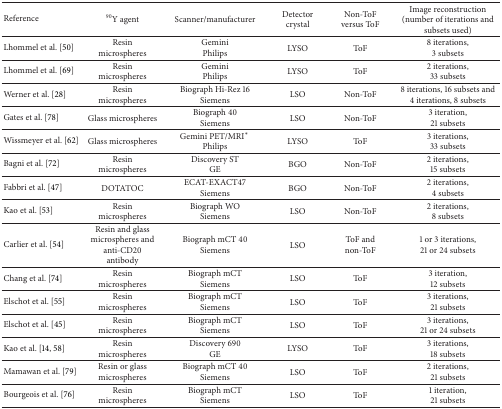
<table><thead><tr><td><b>Reference</b></td><td><b><sup>90</sup>Y agent</b></td><td><b>Scanner/manufacturer</b></td><td><b>Detectorcrystal</b></td><td><b>Non-ToF versus ToF</b></td><td><b>Image reconstruction(number of iterations and subsets used)</b></td></tr></thead><tbody><tr><td>Lhommel et al. [50]</td><td>Resinmicrospheres</td><td>GeminiPhilips</td><td>LYSO</td><td>ToF</td><td>8 iterations,3 subsets</td></tr><tr><td>Lhommel et al. [69]</td><td>Resinmicrospheres</td><td>GeminiPhilips</td><td>LYSO</td><td>ToF</td><td>2 iterations,33 subsets</td></tr><tr><td>Werner et al. [28]</td><td>Resinmicrospheres</td><td>Biograph Hi-Rez 16Siemens</td><td>LSO</td><td>Non-ToF</td><td>8 iterations, 16 subsets and 4 iterations, 8 subsets</td></tr><tr><td>Gates et al. [78]</td><td>Glass microspheres</td><td>Biograph 40Siemens</td><td>LSO</td><td>Non-ToF</td><td>3 iteration,21 subsets</td></tr><tr><td>Wissmeyer et al. [62]</td><td>Glass microspheres</td><td>Gemini PET/MRI<sup><i>∗</i></sup> Philips</td><td>LYSO</td><td>ToF</td><td>3 iterations,33 subsets</td></tr><tr><td>Bagni et al. [72]</td><td>Resin microspheres</td><td>Discovery STGE</td><td>BGO</td><td>Non-ToF</td><td>2 iterations,15 subsets</td></tr><tr><td>Fabbri et al. [47]</td><td>DOTATOC</td><td>ECAT-EXACT47Siemens</td><td>BGO</td><td>Non-ToF</td><td>2 iterations,4 subsets</td></tr><tr><td>Kao et al. [53]</td><td>Resin microspheres</td><td>Biograph WOSiemens</td><td>LSO</td><td>Non-ToF</td><td>2 iterations,8 subsets</td></tr><tr><td>Carlier et al. [54]</td><td>Resin and glass microspheres and anti-CD20 antibody</td><td>Biograph mCT 40Siemens</td><td>LSO</td><td>ToF and non-ToF</td><td>1 or 3 iterations,21 or 24 subsets</td></tr><tr><td>Chang et al. [74]</td><td>Resin microspheres</td><td>Biograph mCTSiemens</td><td>LSO</td><td>ToF</td><td>3 iteration,12 subsets</td></tr><tr><td>Elschot et al. [55]</td><td>Resin microspheres</td><td>Biograph mCTSiemens</td><td>LSO</td><td>ToF</td><td>3 iterations,21 subsets</td></tr><tr><td>Elschot et al. [45]</td><td>Resin microspheres</td><td>Biograph mCTSiemens</td><td>LSO</td><td>ToF</td><td>3 iterations,21 or 24 subsets</td></tr><tr><td>Kao et al. [14, 58]</td><td>Resin microspheres</td><td>Discovery 690GE</td><td>LYSO</td><td>ToF</td><td>3 iterations,18 subsets</td></tr><tr><td>Mamawan et al. [79]</td><td>Resin or glass microspheres</td><td>Biograph mCT 40Siemens</td><td>LSO</td><td>ToF</td><td>2 iterations,21 subsets</td></tr><tr><td>Bourgeois et al. [76]</td><td>Resin microspheres</td><td>Biograph mCTSiemens</td><td>LSO</td><td>ToF</td><td>1 iteration,21 subsets</td></tr></tbody></table>